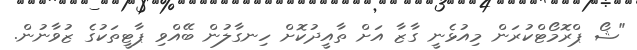
"ޝޯ ޕްރޮމޯޓްކުރަން މިއުޅެނީ ގާޒާ އަށް ތާއީދުކޮށް ހިނގާލުން ބޭއްވި ޕާޓީތަކުގެ ޒުވާނުން.